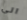
الى